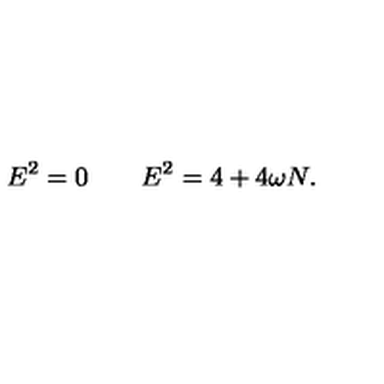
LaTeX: E ^ { 2 } = 0 \qquad E ^ { 2 } = 4 + 4 \omega N .